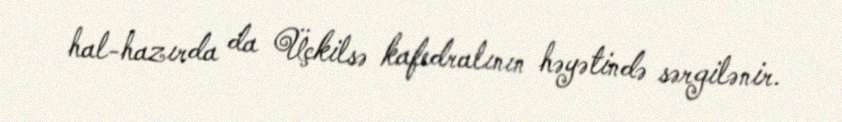
hal-hazırda da Üçkilsə kafedralının həyətində sərgilənir.